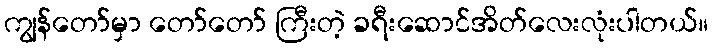
ကျွန်တော်မှာ တော်တော် ကြီးတဲ့ ခရီးဆောင်အိတ်လေးလုံးပါတယ်။